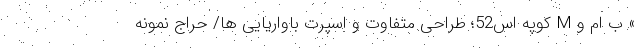
» ب ام و M کوپه اس52؛ طراحی متفاوت و اسپرت باواریایی ها/ حراج نمونه